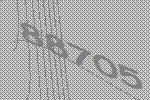
88705